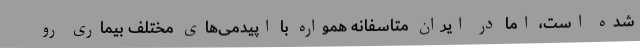
شده است، اما در ایران متاسفانه همواره با اپیدمی‌های مختلف بیماری رو